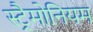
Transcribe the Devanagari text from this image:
स्ट्रैमोनियम